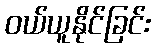
ဝယ်ယူနိုင်ခြင်း